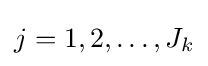
j=1,2,\ldots ,J_{k}